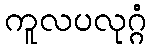
ကူလပလုဂ္ဂံ